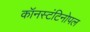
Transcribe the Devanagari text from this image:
कॉनस्टंटिनोपल